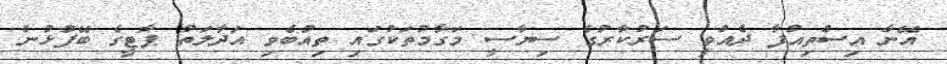
އޭނާ އިސްތިއުފާ ދެއްވީ ސަރުކާރުގެ ސިޔާސީ މަގާމުތަކުގައި ތިއްބެވި އަދާލަތު ޕާޓީގެ ބޭފުޅުން